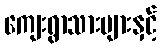
ကျေးရွာသားများနှင့်